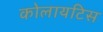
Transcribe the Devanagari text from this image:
कोलायटिस